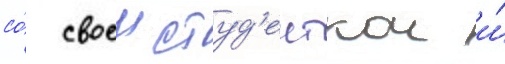
со́ своеи студ'енткои и́